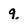
Character: q